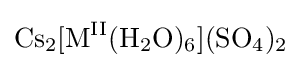
{\ce {Cs2[M^{II}(H2O)6](SO4)2}}